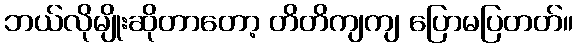
ဘယ်လိုမျိုးဆိုတာတော့ တိတိကျကျ ပြောမပြတတ်။